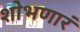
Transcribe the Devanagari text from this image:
शोभणारं